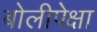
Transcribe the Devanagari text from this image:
बोलीपेक्षा